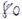
Text: 80